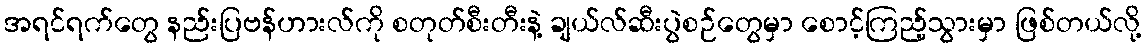
အရင်ရက်တွေ နည်းပြဗန်ဟားလ်ကို စတုတ်စီးတီးနဲ့ ချယ်လ်ဆီးပွဲစဉ်တွေမှာ စောင့်ကြည့်သွားမှာ ဖြစ်တယ်လို့